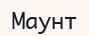
Маунт